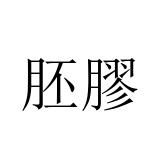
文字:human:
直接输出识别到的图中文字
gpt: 胚膠